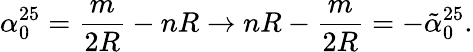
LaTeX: \alpha_{0}^{25}=\frac{m}{2R}-nR\rightarrow nR-\frac{m}{2R}=-\tilde{\alpha}_{0}^{25}.